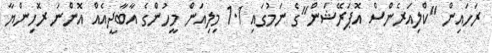
ރަހައިން "ކްލިއަރެންސް އޮޕަރޭޝަން"ގެ ނަމުގައި 1.1 މިލިއަން މީހުންގެ އާބާދީއެއް އޮންނަ ރޮހިންޔާ